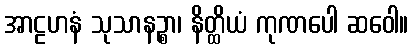
အာဠဟနံ သုသာနဉ္စာ၊ နိတ္ထိယံ ကုဏပေါ ဆဝေါ။